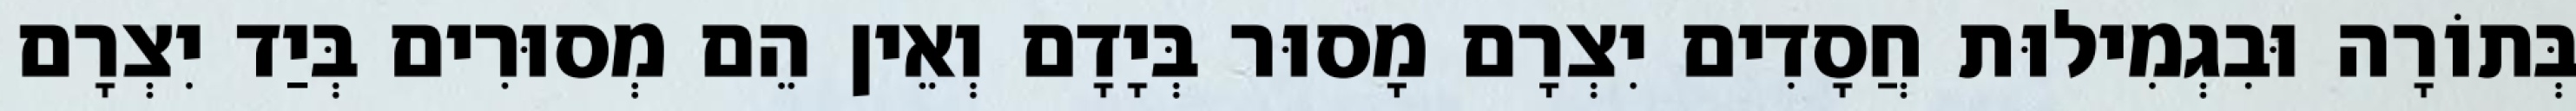
בְּתוֹרָה וּבִגְמִילוּת חֲסָדִים יִצְרָם מָסוּר בְּיָדָם וְאֵין הֵם מְסוּרִים בְּיַד יִצְרָם